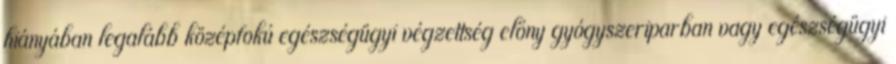
hiányában legalább középfokú egészségügyi végzettség előny gyógyszeriparban vagy egészségügyi